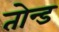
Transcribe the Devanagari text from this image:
तोन्ड